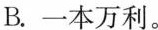
B.一本万利。